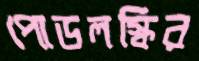
পোডলস্কির